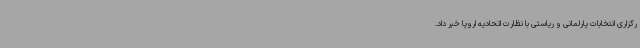
رگزاری انتخابات پارلمانی و ریاستی با نظارت اتحادیه اروپا خبر داد.